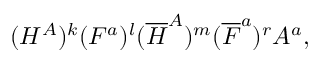
( H ^ { A } ) ^ { k } ( F ^ { a } ) ^ { l } ( { \overline { { H } } } ^ { A } ) ^ { m } ( { \overline { { F } } } ^ { a } ) ^ { r } A ^ { a } ,